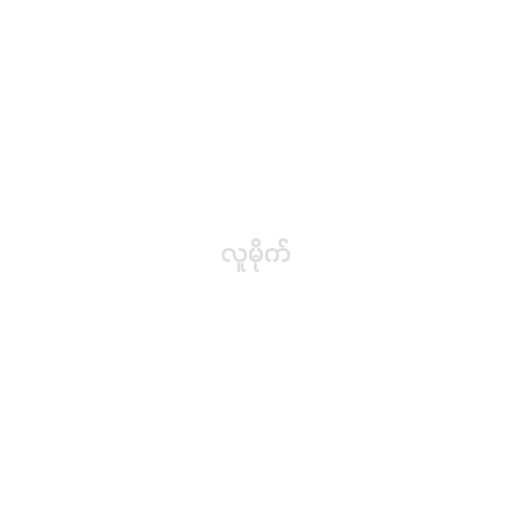
လူမိုက်